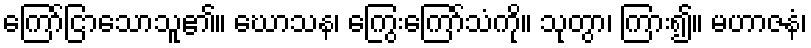
ကြော်ငြာသောသူ၏။ ဃောသန၊ ကြွေးကြော်သံကို။ သုတွာ၊ ကြား၍။ မဟာဇနံ၊